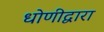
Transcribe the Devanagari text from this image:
धोणीद्वारा